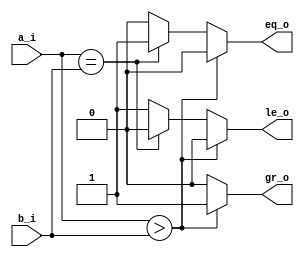
//--------------------------------------------------------------------------------
// Dependencies : 
// Description  : 4-bit comparator using behavioural modelling
//--------------------------------------------------------------------------------

module comparator_4_bit(
  input      [3:0] a_i , // Input A
  input      [3:0] b_i , // Input B
  output reg       eq_o, // A == B
  output reg       gr_o, // A > B
  output reg       le_o  // A < B
);
  
  // Combinational Logic
  always@(*)begin
    if(a_i > b_i)begin
	// A greater than B
	  eq_o = 1'b0;
	  gr_o = 1'b1;
	  le_o = 1'b0;
	end else if(a_i == b_i)begin
	// A equal to B
	  eq_o = 1'b1;
	  gr_o = 1'b0;
	  le_o = 1'b0;
	end else begin
	// A less than B
	  eq_o = 1'b0;
	  gr_o = 1'b0;
	  le_o = 1'b1;
	end
  end
  
endmodule